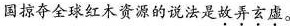
国掠夺全球红木资源的说法是故弄玄虚。